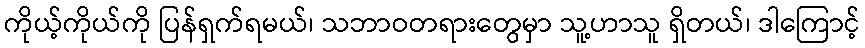
ကိုယ့်ကိုယ်ကို ပြန်ရှက်ရမယ်၊ သဘာဝတရားတွေမှာ သူ့ဟာသူ ရှိတယ်၊ ဒါကြောင့်